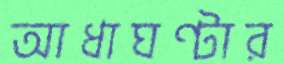
আধাঘণ্টার